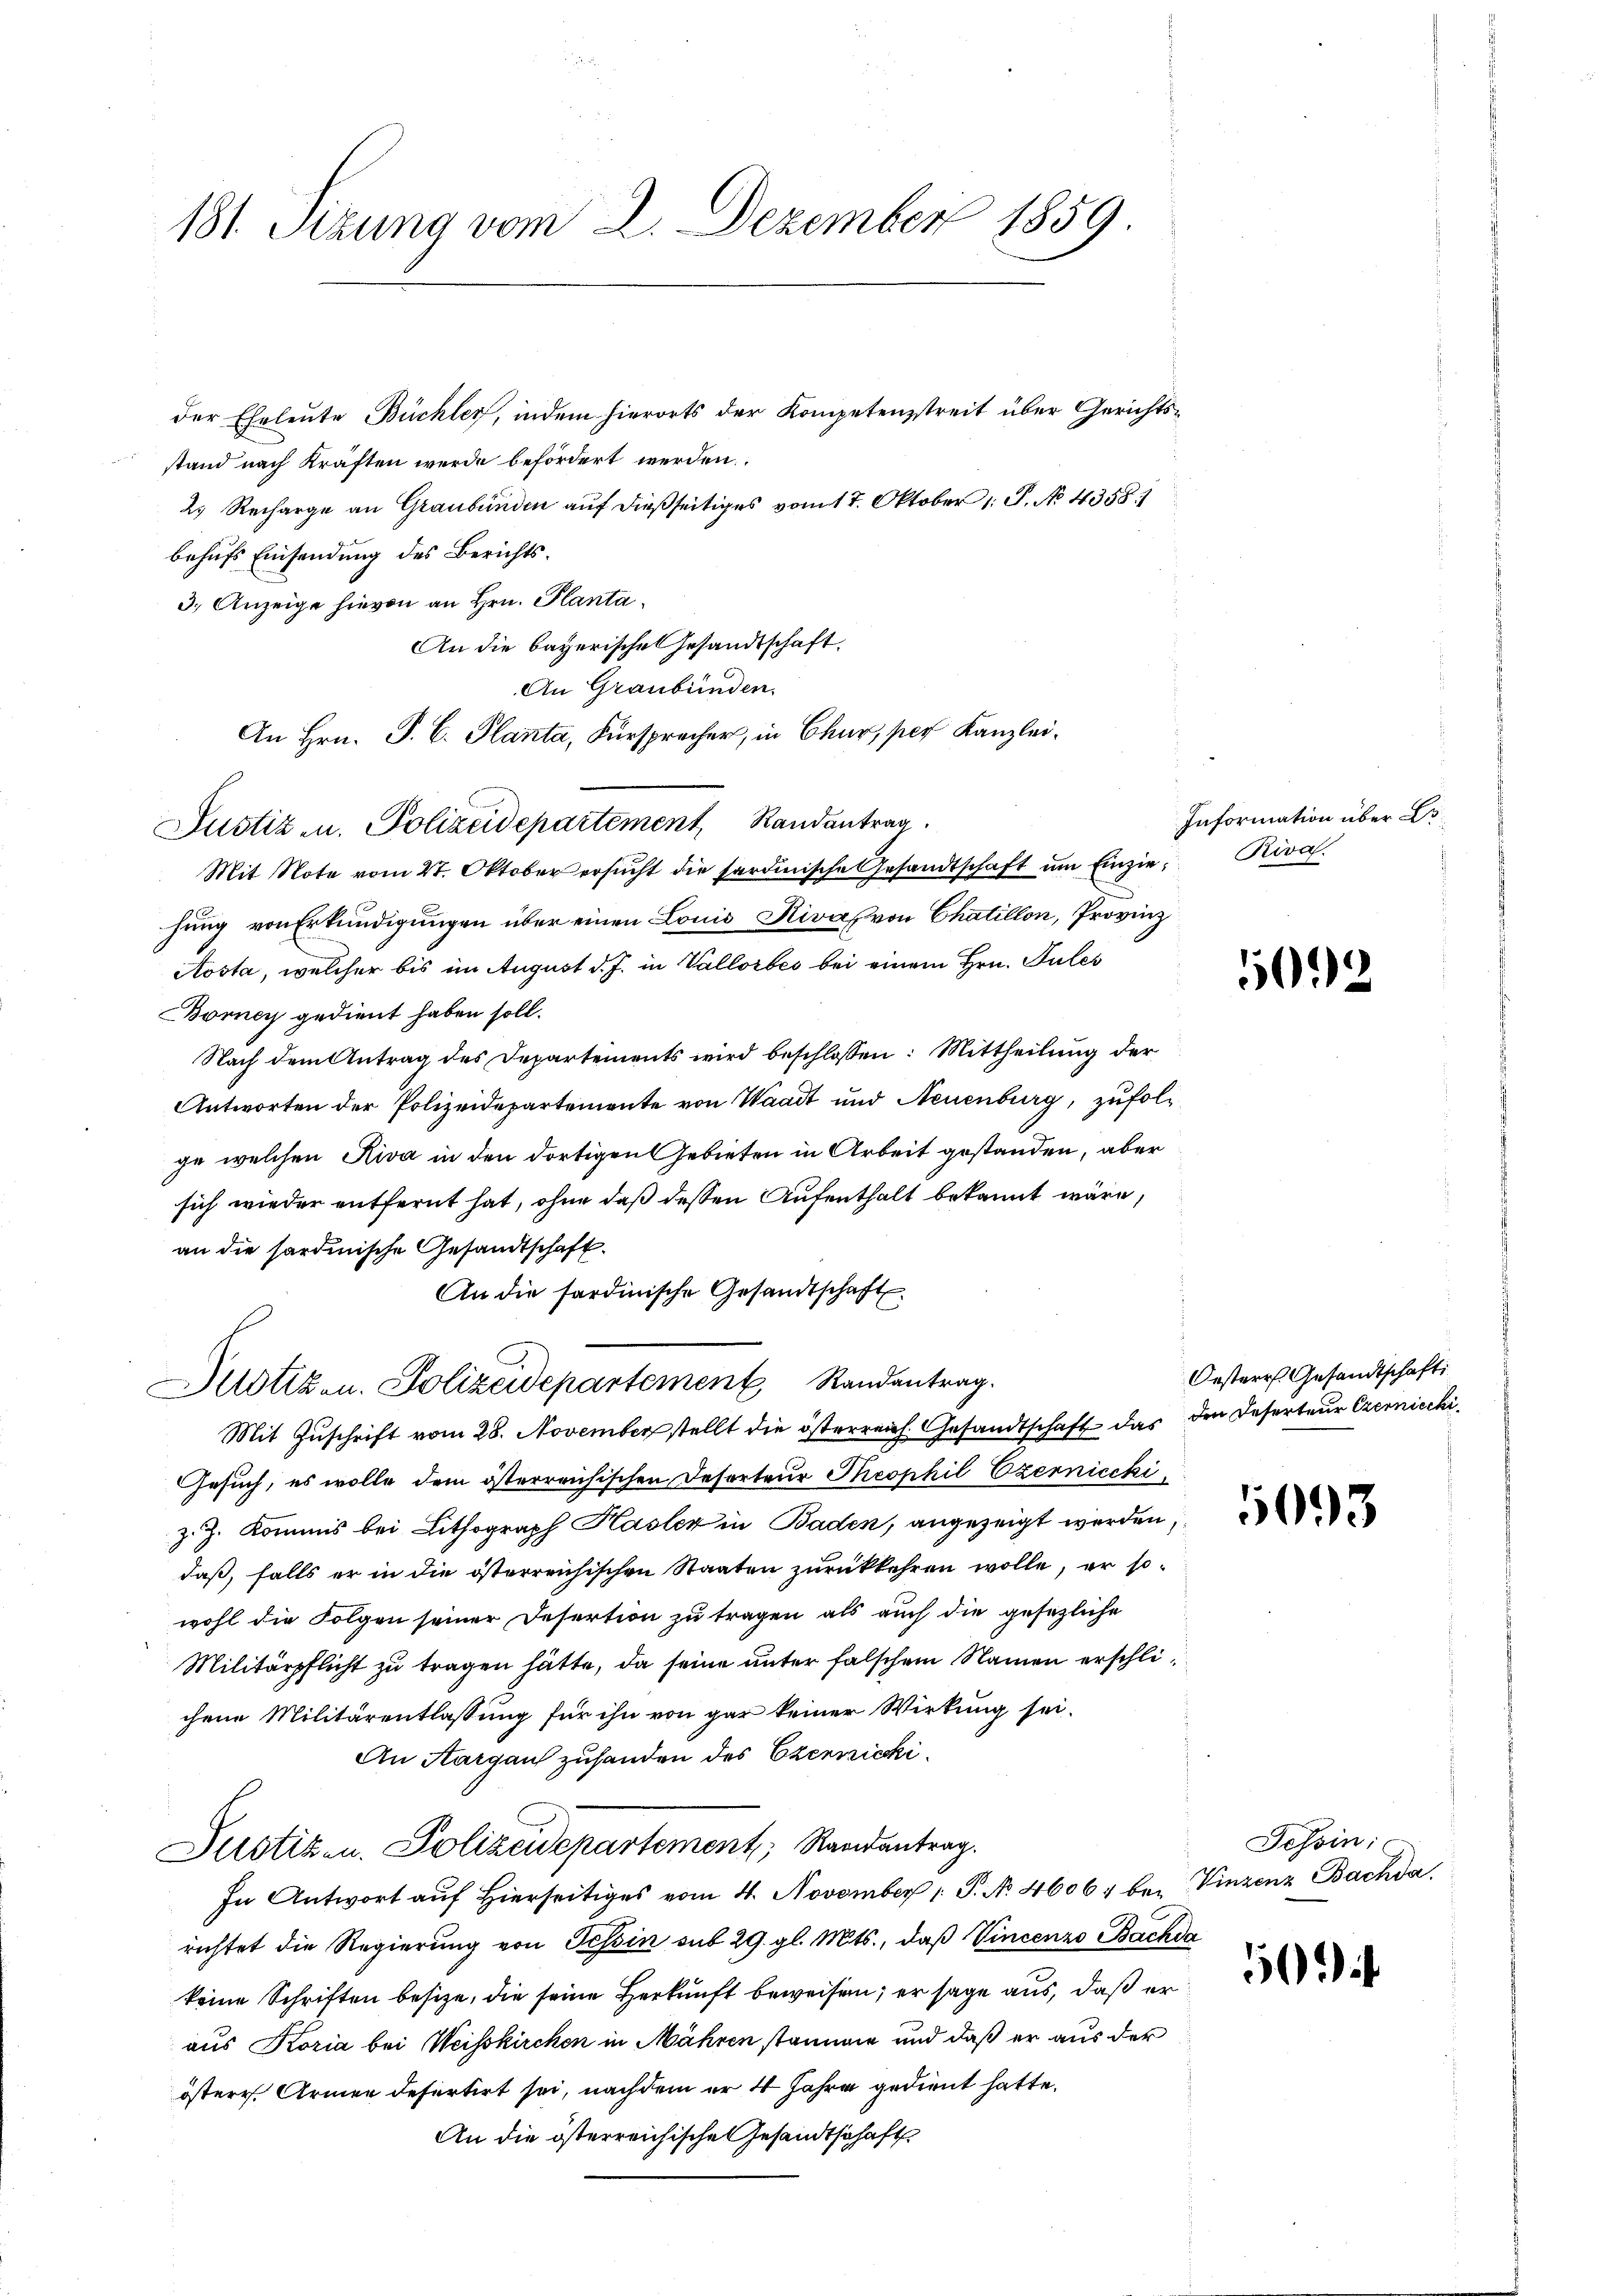
181. Sizung vom 2. Dezember 1859.

der Eheleute Büchler, indem hierorts der Kompetenzstreit über Gerichtsstand nach kraften werde befördert werden.
2. Recharge an Graubünden auf dießseitiges vom 17. Oktober 1. P. No. 4358. 1
behufs Einsendung des Berichts¬
3.) Anzeige hievon an Hrn. Planta¬
An die bayerischen Gesandtschaft
An Graubünden.
An Hrn. P. C. Planta, Fürsprecher, in Chur, per Kanzlei¬
Mit Note vom 27. Oktober ersŭcht die sardinische Gesandtschaft ŭm Einzie. Riva
hung von Erkundigungen über einen Louis Riva von Chatillon, Provinz
Aosta, welcher bis im August d. J. in Vallorbes bei einem Hrn. Pules
Borney gedient haben soll.
Nach dem Antrag des Departements wird beschlossen: Mittheilung der
Antworten der Polizeidepartemente von Waadt und Neuenburg, zufolge welchen Riva in den dortigen Gebieten in Arbeit gestanden, aber
sich wieder entfernt hat, ohne daß dessen Aufenthalt bekannt wäre,
an die sardinische Gesandtschaft.
An die sardinische Gesandtschaft
Justiz- u. Polizeidepartement Randantrag.
Mit Zuschrift vom 28. November stellt die österreich. Gesandtschaft das den Deserteur Czerniechi
Gesuch, es wolle dem österreichischen Desorteur Theophil Ezerniccki
z. Z. Kommis bei Lithograph Hasler in Baden, angezeigt werden
daß, falls er in die österreichischen Staaten zurückkehren wolle, er sowohl die Folgen seiner Desertion zu tragen als auch die gesezliche
Militärpflicht zu tragen hätte, da seine unter falschem Namen erschlichene Militärentlassung für ihn von gar keiner Wirkung sei.
An Aargaus zuhanden des Czenszicki¬
Justizen. Polizeidepartement, Randantrag
In Antwort aŭf hierseitiges vom 4. November 1. P. No. 46064 bei Vinzenz Bachda
richtet die Regierung von Tessin sub 29. gl. Mts., daß Vincenzo Backda
keine Schriften besitze, die seine Herkunft beweisen; er sage aus, daß er
aus Koria bei Weisskirchen in Mähren stamme und daß er aus der
österr. Armen defertirt sei, nachdem er 4 Jahre gedient hatte.
An die österreichische Gesandtschaft

Justiz u. Polizeidepartement, Randantrag

Information über Dr

5092

Oesterr. Gesandtschafti

5093

Tessin:

5